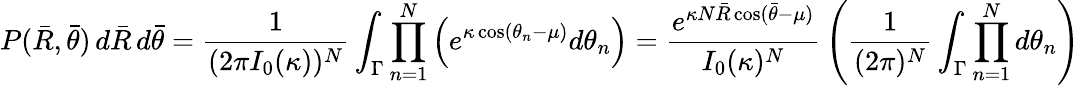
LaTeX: P({\bar{R}},{\bar{\theta}})\, d{\bar{R}}\, d{\bar{\theta}}={\frac{1}{(2\pi I_{0}(\kappa))^{N}}}\int_{\Gamma}\prod_{n=1}^{N}\left(e^{\kappa\cos(\theta_{n}-\mu)}d\theta_{n}\right)={\frac{e^{\kappa N{\bar{R}}\cos({\bar{\theta}}-\mu)}}{I_{0}(\kappa)^{N}}}\left({\frac{1}{(2\pi)^{N}}}\int_{\Gamma}\prod_{n=1}^{N}d\theta_{n}\right)